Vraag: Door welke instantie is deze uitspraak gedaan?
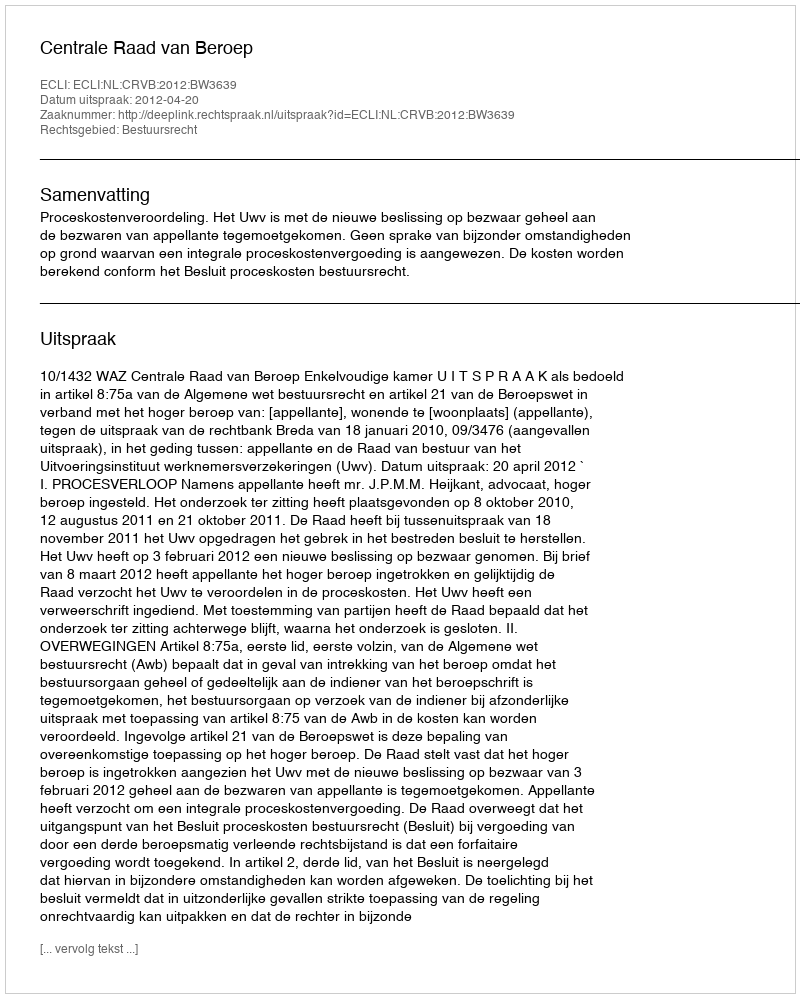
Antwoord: Centrale Raad van Beroep